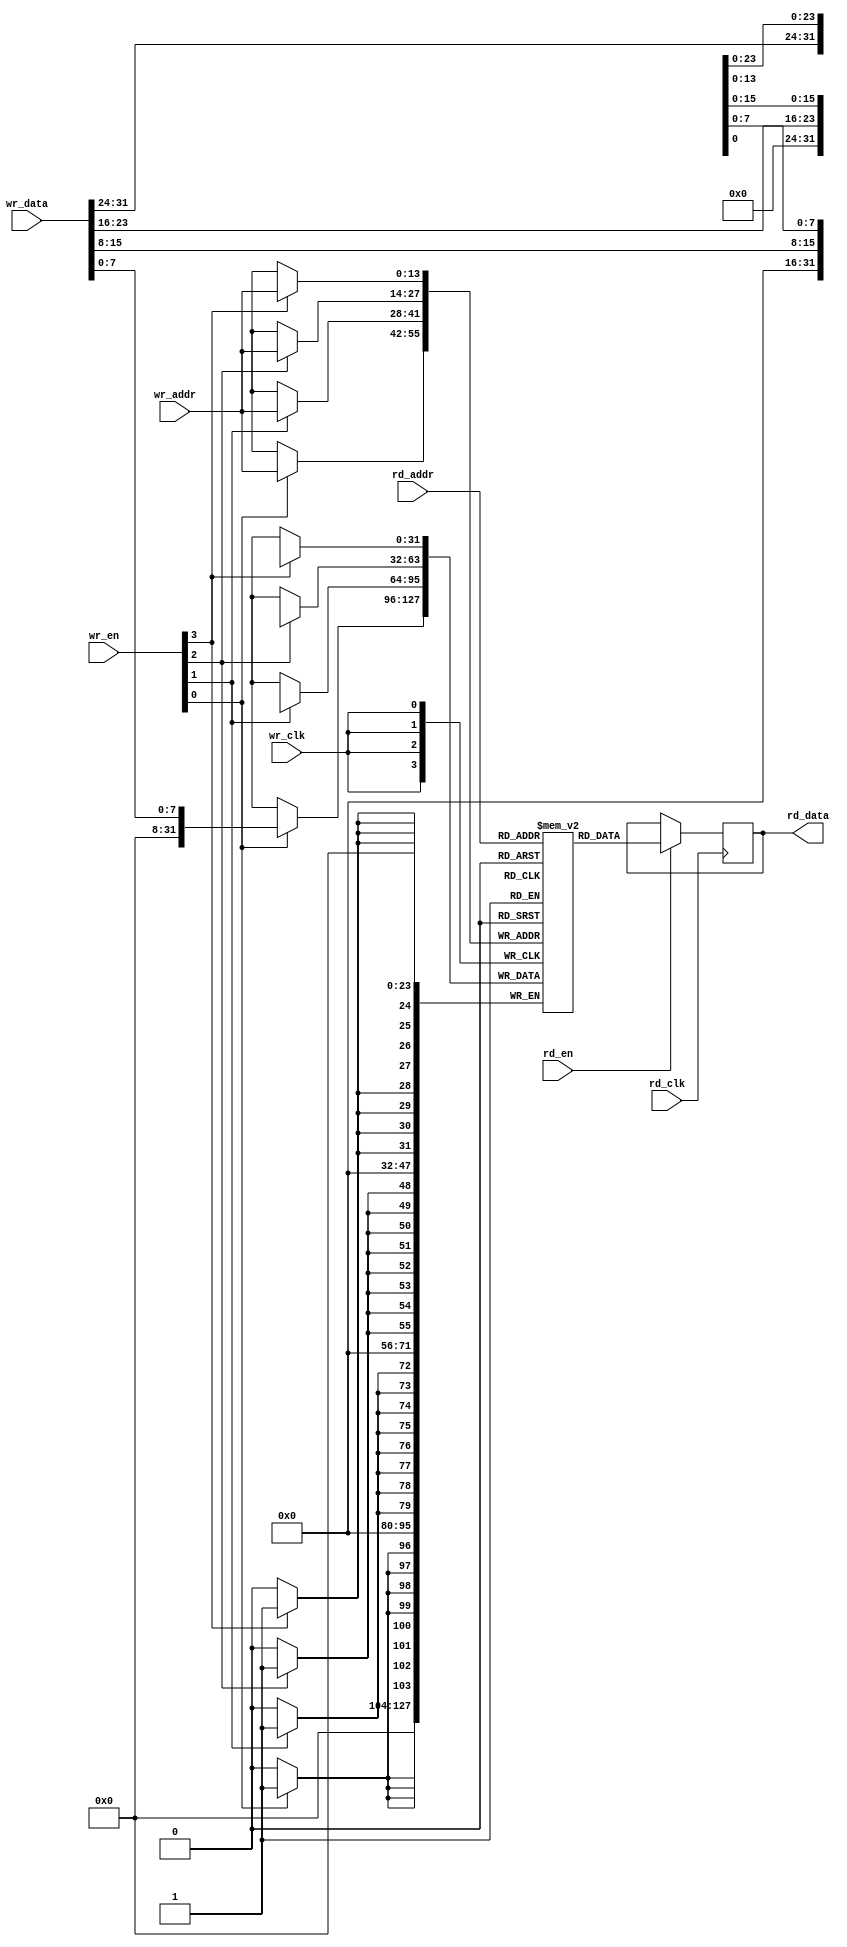
module memory_dp(/*AUTOARG*/
   // Outputs
   rd_data,
   // Inputs
   wr_clk, wr_en, wr_addr, wr_data, rd_clk, rd_en, rd_addr
   );

   parameter AW      = 14;   
   parameter DW      = 32;
   parameter WED     = DW/8; //one per byte  
   parameter MD      = 1<<AW;//memory depth

   //write-port
   input               wr_clk; //write clock
   input [WED-1:0]     wr_en;  //write enable vector
   input [AW-1:0]      wr_addr;//write address
   input [DW-1:0]      wr_data;//write data

   //read-port   
   input 	       rd_clk; //read clock
   input 	       rd_en;  //read enable
   input [AW-1:0]      rd_addr;//read address
   output[DW-1:0]      rd_data;//read output data
   
   //////////////////////
   //SIMPLE MEMORY MODEL 
   //////////////////////   

   reg [DW-1:0]        ram    [MD-1:0];  
   reg [DW-1:0]        rd_data;
   
   //read port
   always @ (posedge rd_clk)
     if(rd_en)       
       rd_data[DW-1:0] <= ram[rd_addr[AW-1:0]];
   
   //write port
   generate
      genvar 	     i;
      for (i = 0; i < WED; i = i+1) begin: gen_ram
	 always @(posedge wr_clk)
           begin  
              if (wr_en[i]) 
                ram[wr_addr[AW-1:0]][(i+1)*8-1:i*8] <= wr_data[(i+1)*8-1:i*8];
           end
      end
   endgenerate
   
endmodule